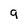
Character: 9